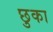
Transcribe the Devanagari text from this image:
छुका